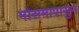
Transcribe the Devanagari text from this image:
मोसमापासुन